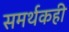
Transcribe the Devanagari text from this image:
समर्थकही